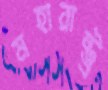
মহারাষ্ট্র্র